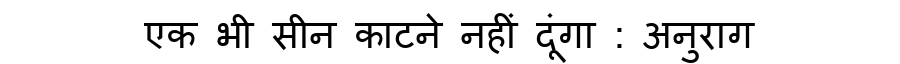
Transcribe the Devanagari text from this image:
एक भी सीन काटने नहीं दूंगा : अनुराग